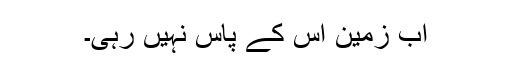
اب زمین اس کے پاس نہیں رہی۔